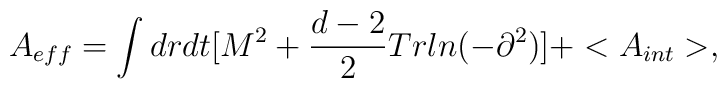
A_{eff}=\int drdt[M^2+\frac{d-2}{2}Trln(-\partial^2)]+<A_{int}>,